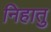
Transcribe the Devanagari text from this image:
निहातु